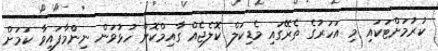
ކުރުމަށްޓަކައި މި އަހަރުގެ ތެރޭގައި މެޑިކަލް ކޮލެޖެއް ގާއިމްކޮށް ހުޅުވަން ނިންްމާފައިވާ ކަމަށް